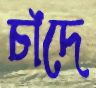
চাঁদে